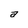
Character: a